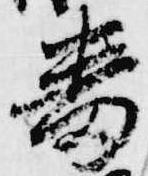
番